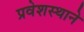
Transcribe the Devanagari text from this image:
प्रवेशस्थाने